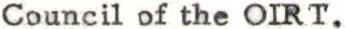
Council of the OIRT.